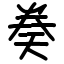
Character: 𫝤